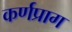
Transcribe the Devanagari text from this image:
कर्णप्राग